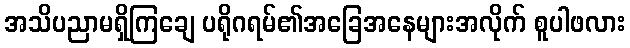
အသိပညာမရှိကြချေ ပရိုဂရမ်၏အခြေအနေများအလိုက် စူပါဖလား